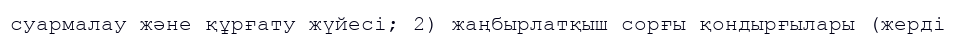
суармалау және құрғату жүйесі; 2) жаңбырлатқыш сорғы қондырғылары (жерді